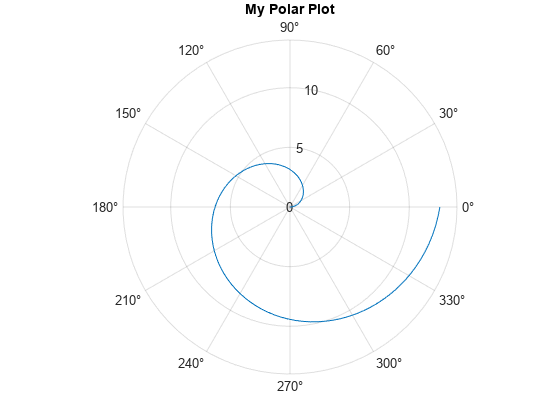
matlab, figure, polarplot